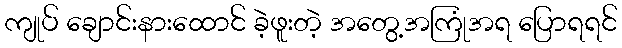
ကျုပ် ချောင်းနားထောင် ခဲ့ဖူးတဲ့ အတွေ့အကြုံအရ ပြောရရင်